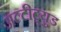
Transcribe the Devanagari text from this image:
अल्टीट्युड